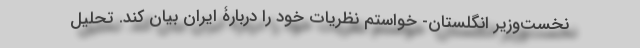
نخست‌وزیر انگلستان- خواستم نظریات خود را دربارۀ ایران بیان کند. تحلیل